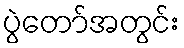
ပွဲတော်အတွင်း